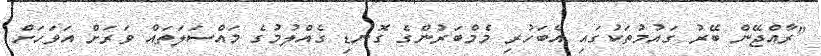
"ރާއްޖޭން ބޭރު ގައުމުތަކުގައި އެބަހުރި މެމްބަރުންގެ ގޮނޑި ގެއްލުމުގެ މައްސަލަތައް ވަރަށް އަވަހަށް